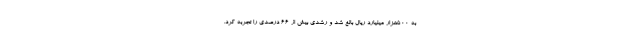
به 500هزار میلیارد ریال بالغ شد و رشدی بیش از 66 درصدی را تجربه کرد.